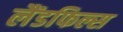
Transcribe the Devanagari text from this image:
लैंडफिल्स